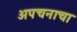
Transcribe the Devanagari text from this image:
अपचनाचा